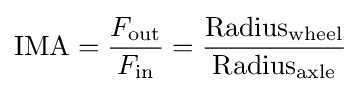
\mathrm {IMA} ={F_{\text{out}} \over F_{\text{in}}}={\mathrm {Radius} _{\text{wheel}} \over \mathrm {Radius} _{\text{axle}}}